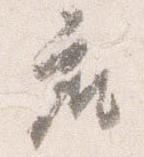
座